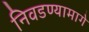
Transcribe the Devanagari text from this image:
निवडण्यामागे